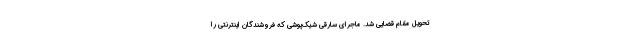
تحویل مقام قضایی شد. ماجرای سارقی شیک‌پوشی که فروشندگان اینترنتی را